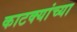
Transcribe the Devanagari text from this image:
काटक्यांच्या